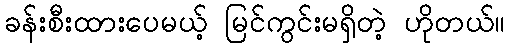
ခန်းစီးထားပေမယ့် မြင်ကွင်းမရှိတဲ့ ဟိုတယ်။